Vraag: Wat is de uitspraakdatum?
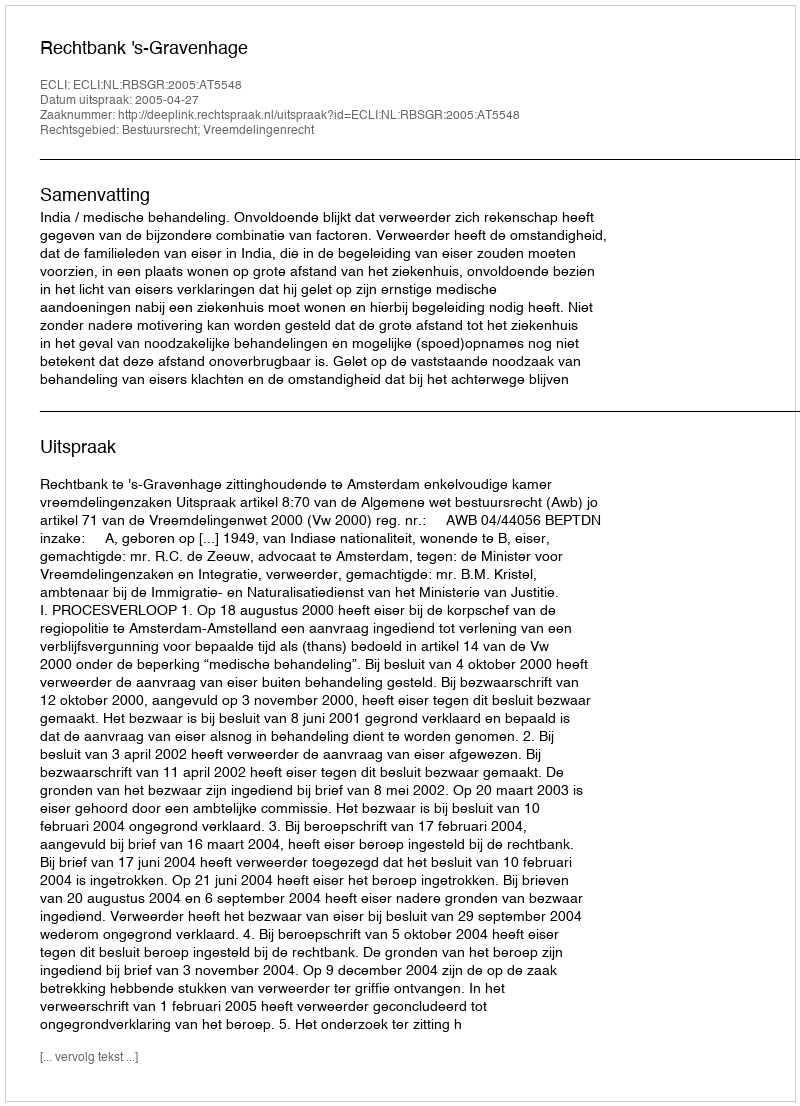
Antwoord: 2005-04-27